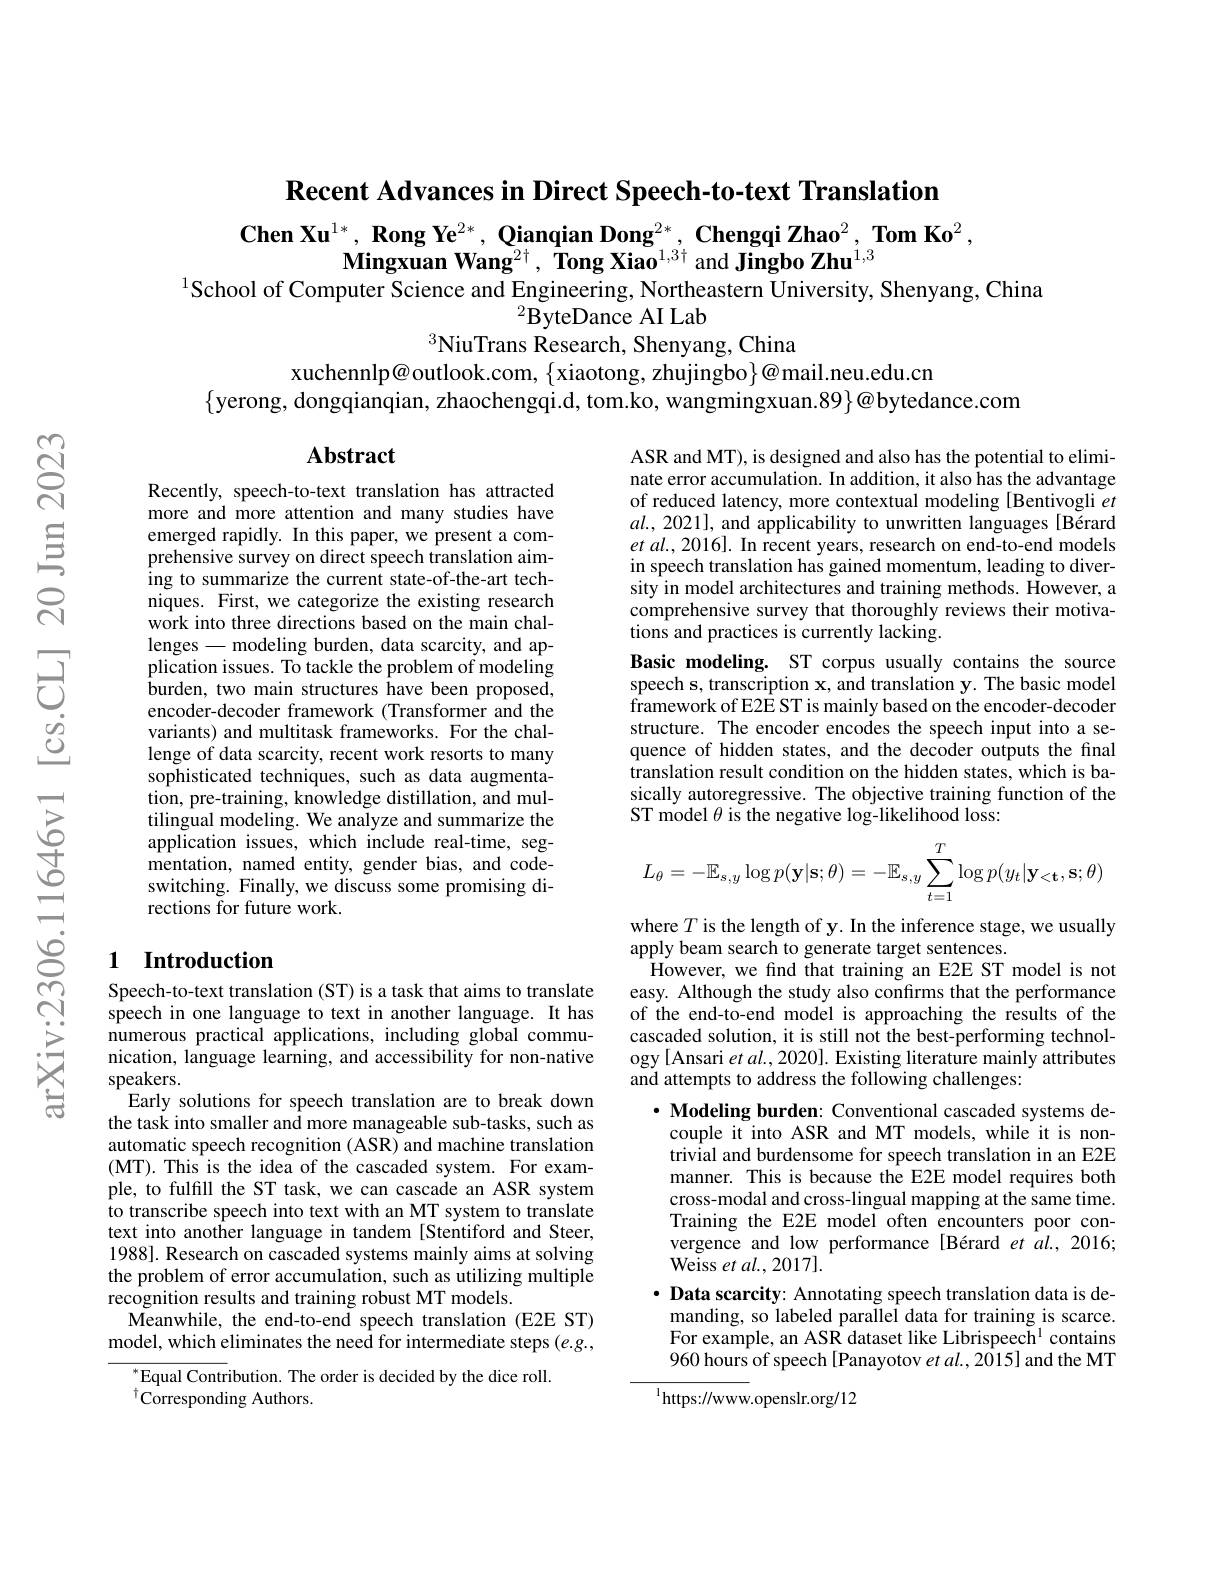
$\textbf{Recent Advances in Direct Speech- to- text Translation}$

$\textbf{Chen Xu}^{1*},\textbf{ Rong Ye}^{2*},\textbf{ Qianqian Dong}^{2*},\textbf{ Chengqi Zhao}^2,\textbf{ Tom Ko}^2$,
$\textbf{Mingxuan Wang}^{2\dagger},\textbf{ Tong Xiao}^{1,3\dagger}$and Jingbo Zhu$^1,3$
$^{1}$School of Computer Science and Engineering, Northeastern University, Shenyang, China
$^{2}\bar{\mathbf{ByteDanceAILab}}$
$^{3}$NiuTrans Research, Shenyang, China

xuchennlp@outlook.com, $\{$xiaotong, zhujingbo$\}\textcircled{\mathrm{o}}$mail.neu.edu.cn
$\{$yerong, dongqianqian, zhaochengqi.d, tom.ko, wangmingxuan.89$\}@$bytedance.com

Abstract

ASR and MT), is designed and also has the potential to eliminate error accumulation. In addition, it also has the advantage of reduced latency, more contextual modeling [Bentivogli $et$ $al.,2021]$, and applicability to unwritten languages [Bérard $etal.,2016].$ In recent years, research on end-to-end models in speech translation has gained momentum, leading to diversity in model architectures and training methods. However, a comprehensive survey that thoroughly reviews their motiva- $\hat{\text{tions and practices is currently lacking}}.$
Basic modeling. ST corpus usually contains the source speech s, transcription $\mathbf{x}$, and translation y. The basic model framework of E2E ST is mainly based on the encoder-decoder structure. The encoder encodes the speech input into a sequence of hidden states, and the decoder outputs the final translation result condition on the hidden states, which is basically autoregressive. The objective training function of the ST model $\theta$ is the negative log-likelihood loss:
$$L_\theta=-\mathbb{E}_{s,y}\log p(\mathbf{y}|\mathbf{s};\theta)=-\mathbb{E}_{s,y}\sum_{t=1}^T\log p(y_t|\mathbf{y}_{<\mathbf{t}},\mathbf{s};\theta)$$
Recently, speech-to-text translation has attracted more and more attention and many studies have emerged rapidly. In this paper, we present a comprehensive survey on direct speech translation aiming to summarize the current state-of-the-art techniques. First, we categorize the existing research work into three directions based on the main challenges-modeling burden, data scarcity, and application issues. To tackle the problem of modeling burden, two main structures have been proposed, encoder-decoder framework (Transformer and the variants) and multitask frameworks. For the challenge of data scarcity, recent work resorts to many sophisticated techniques, such as data augmentation, pre-training, knowledge distillation, and multilingual modeling. We analyze and summarize the application issues, which include real-time, segmentation, named entity, gender bias, and codeswitching. Finally, we discuss some promising directions for future work.

### 1 Introduction

where $T$ is the length of y. In the inference stage, we usually
apply beam search to generate target sentences.
However, we find that training an E2E ST model is not easy. Although the study also confirms that the performance of the end-to-end model is approaching the results of the cascaded solution, it is still not the best-performing technology [Ansari et al., 2020]. Existing literature mainly attributes and attempts to address the following challenges:

Speech-to-text translation (ST) is a task that aims to translate speech in one language to text in another language. It has numerous practical applications, including global communication, language learning, and accessibility for non-native speakers.
Early solutions for speech translation are to break down the task into smaller and more manageable sub-tasks, such as automatic speech recognition (ASR) and machine translation (MT). This is the idea of the cascaded system. For example, to fulfill the ST task, we can cascade an ASR system to transcribe speech into text with an MT system to translate text into another language in tandem [Stentiford and Steer, 1988]. Research on cascaded systems mainly aims at solving the problem of error accumulation, such as utilizing multiple recognition results and training robust MT models.
Meanwhile, the end-to-end speech translation (E2E ST) model, which eliminates the need for intermediate steps (e.g.,

$\cdot$ Modeling burden: Conventional cascaded systems decouple it into ASR and MT models, while it is nontrivial and burdensome for speech translation in an E2E manner. This is because the E2E model requires both cross-modal and cross-lingual mapping at the same time. Training the E2E model often encounters poor convergence and low performance [Bérard et al., 2016; Weiss et al. , 2017].
$\cdot$ Data scarcity: Annotating speech translation data is demanding, so labeled parallel data for training is scarce. For example, an ASR dataset like Librispeech$^{1}$ contains 960 hours of speech [Panayotov et al., 2015] and the MT $^{1}$https://www.openslr.org/12

$^{*}$Equal Contribution. The order is decided by the dice roll.
$^{\dagger}\dot{\mathrm{Corresponding~Authors.}}$